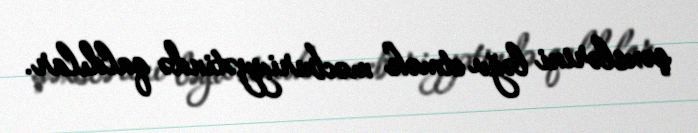
şəxslərini ləğv etmək məcburiyyətində qaldılar.